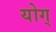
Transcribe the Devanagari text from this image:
योग्‌